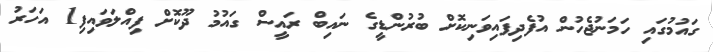
ގައުމުގައި ހަމަނުޖެހުން އުފެދިފައިވަނިކޮށް ބުރުންޑީގެ ނައިބް ރައީސް ގައުމު ދޫކޮށް ފިއްލަވައިފި1 އަހަރު